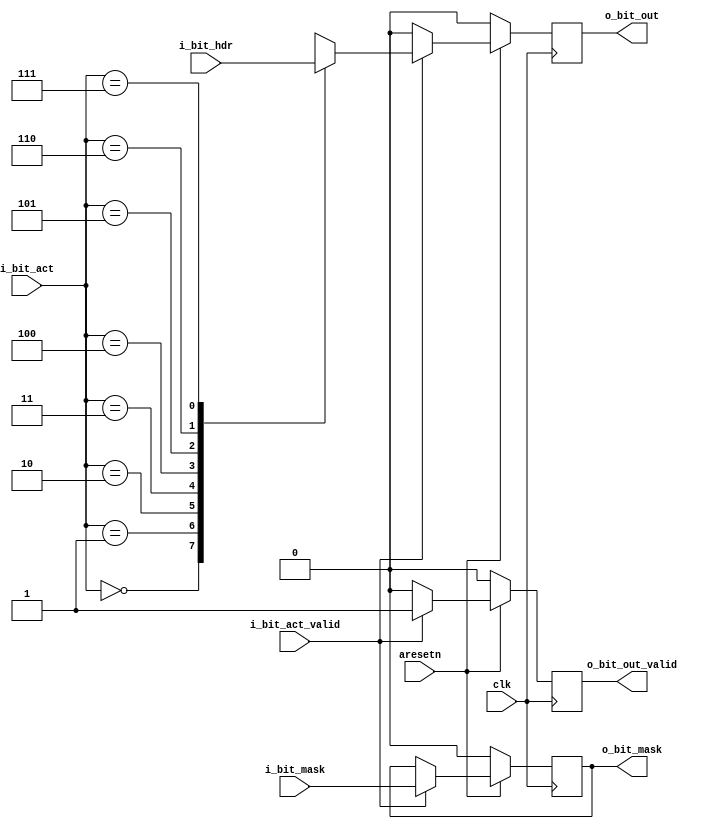
`timescale 1ns / 1ps
//15332
//[15] tvalid
//[12:8] Bytes offset 0-255,0-111:11111
//[7:5] Byte_in_seg
//[4:2] val_index
//[1:0] val_type,01:2B;10:4B;11:8B
//128b
module sub1_bit #(
	parameter SUB_PKTS_LEN = 8,
	parameter L_BIT_ACT_LEN = 3,
	parameter O_BIT_LEN = 1
)
(
	input				clk,
	input				aresetn,

	input						    i_bit_act_valid,
	input [L_BIT_ACT_LEN-1:0]	    i_bit_act,
	input [SUB_PKTS_LEN-1:0]	    i_bit_hdr,
	input                           i_bit_mask,

	output reg					    o_bit_out_valid,
	output reg 						o_bit_out,
	output reg                      o_bit_mask
	// output reg 						o_bit_seg_valid
);

//
always @(posedge clk) begin
	if(~aresetn) begin
		o_bit_out_valid <= 1'b0;
		o_bit_out <= 1'd0;
		o_bit_mask <= 1'b0;
		// o_bit_seg_valid <= 1'd0;
	end
	else if (i_bit_act_valid) begin
		o_bit_out_valid <= 1'b1;
		o_bit_mask <= i_bit_mask; 
		case({i_bit_act[2:0]})
			// 2B 3c01234567
			3'b000: begin
				o_bit_out <= i_bit_hdr[7];
			end
			3'b001: begin
				o_bit_out <= i_bit_hdr[6];
			end
			// 4B
			3'b010: begin
				o_bit_out <= i_bit_hdr[5];
			end
			// 8B
			3'b011: begin
				o_bit_out <= i_bit_hdr[4];
			end
			3'b100: begin
				o_bit_out <= i_bit_hdr[3];
			end
			3'b101: begin
				o_bit_out <= i_bit_hdr[2];
			end
			// 4B
			3'b110: begin
				o_bit_out <= i_bit_hdr[1];
			end
			// 8B
			3'b111: begin
				o_bit_out <= i_bit_hdr[0];
			end
			// default: begin
			// 	o_bit_out_valid <= 1'b0;
			// 	o_bit_out <= 0;
			// 	o_bit_mask <= 1'b0;
			// end
		endcase
	end
	else begin
		o_bit_out_valid <= 1'b0;
		o_bit_out       <= 0;
		// o_bit_seg_valid <= 1'b0;
	end
end


endmodule